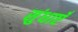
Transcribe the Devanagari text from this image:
सुंधाएँ